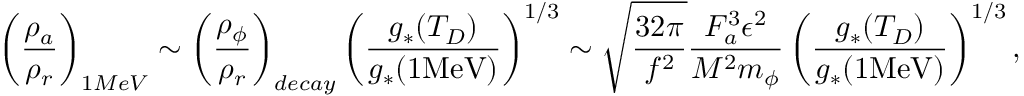
\left( \frac { \rho _ { a } } { \rho _ { r } } \right) _ { 1 M e V } \sim \left( \frac { \rho _ { \phi } } { \rho _ { r } } \right) _ { d e c a y } \left( \frac { g _ { * } ( T _ { D } ) } { g _ { * } ( 1 \mathrm { M e V } ) } \right) ^ { 1 / 3 } \sim \sqrt { \frac { 3 2 \pi } { f ^ { 2 } } } \frac { F _ { a } ^ { 3 } \epsilon ^ { 2 } } { M ^ { 2 } m _ { \phi } } \left( \frac { g _ { * } ( T _ { D } ) } { g _ { * } ( 1 \mathrm { M e V } ) } \right) ^ { 1 / 3 } ,